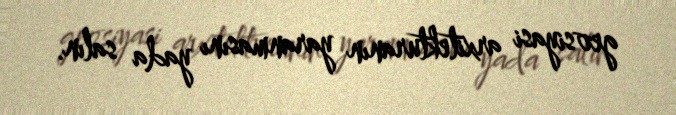
geosiyasi arxitekturanın yaranmasını yada salın.